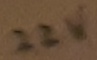
Text: 22V